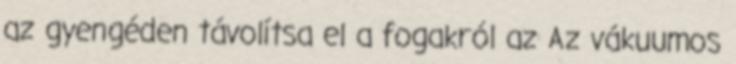
az gyengéden távolítsa el a fogakról az Az vákuumos